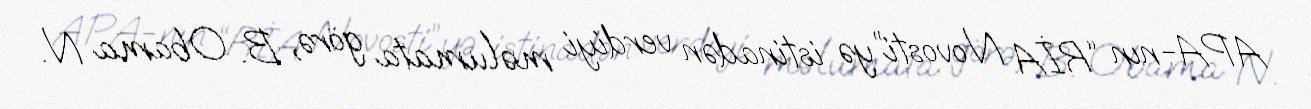
APA-nın “RİA Novosti”yə istinadən verdiyi məlumata görə, B. Obama N.